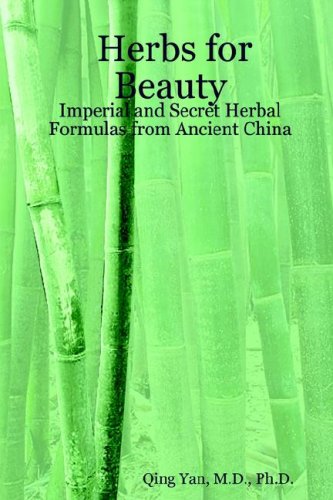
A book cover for Herbs for Beauty: Imperial and Secret Herbal Formulas from Ancient China; M. D. Ph. D. Yan; Health, Fitness & Dieting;